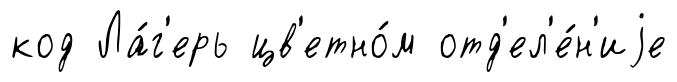
код Ла́г'ерь цв'етно́м отд'ел'е́н'иjе